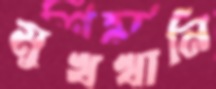
মুখখানি